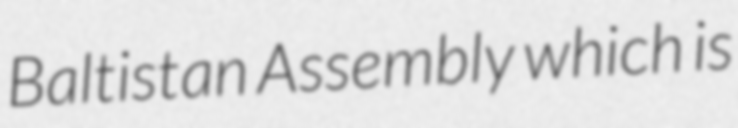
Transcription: Baltistan Assembly which is